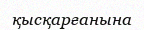
қысқарғанына